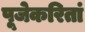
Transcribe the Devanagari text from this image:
पूजेकरितां